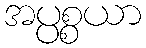
အပ္ပစ္စယာ